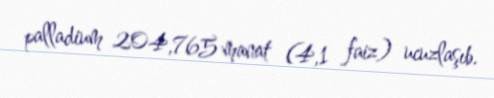
palladium 204,765 manat (4,1 faiz) ucuzlaşıb.